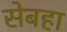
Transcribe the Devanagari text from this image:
सेबहा